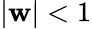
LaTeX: |\mathbf{w}|<1